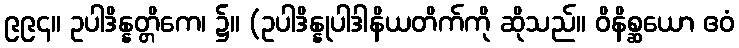
၉၉၄။ ဥပါဒိန္နတ္တိကေ၊ ၌။ (ဥပါဒိန္နုပါဒါနိယတိက်ကို ဆိုသည်။ ဝိနိစ္ဆယော ဧဝံ